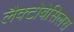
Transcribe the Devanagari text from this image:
लैक्टोबेसिलस